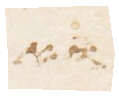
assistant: ואת